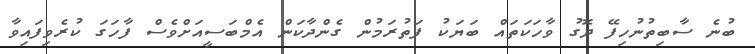
ބުނެ ސާބިތުނުހިފޭ ދޮގު ވާހަކަތައް ބަޔަކު ފަތުރަމުން ގެންދާކަން އެމްބަސީއަށްވެސް ފާހަގަ ކުރެވިފައިވާ